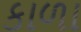
કાળા